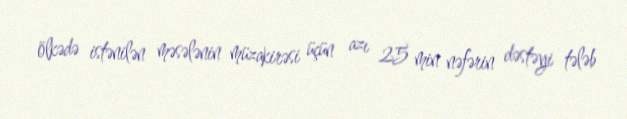
ölkədə istənilən məsələnin müzakirəsi üçün azı 25 min nəfərin dəstəyi tələb